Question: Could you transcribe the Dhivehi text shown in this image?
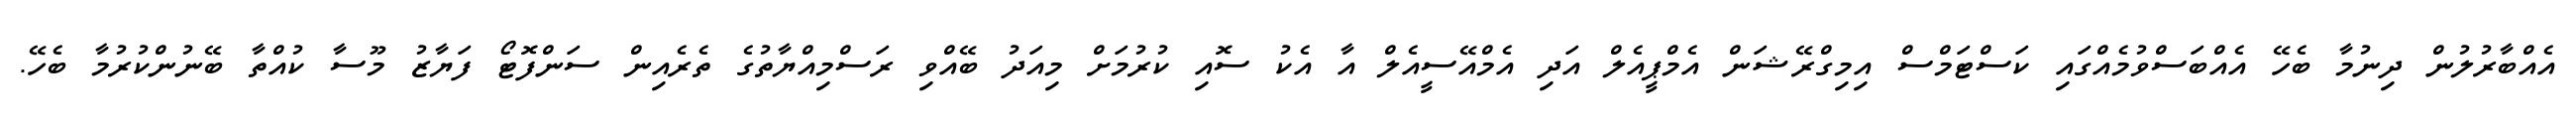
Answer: އެއްބާރުލުން ދިނުމާ ބެހޭ އެއްބަސްވުމެއްގައި ކަސްޓަމްސް އިމިގްރޭޝަން އެމްޕީއެލް އަދި އެމްއޭސީއެލް އާ އެކު ސޮއި ކުރުމަށް މިއަދު ބޭއްވި ރަސްމިއްޔާތުގެ ތެރެއިން ސަންފޮޓޯ ފަޔާޒު މޫސާ ކުއްތާ ބޭނުންކުރުމާ ބެހޭ.